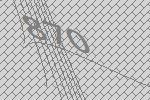
870